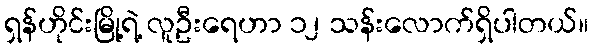
ရှန်ဟိုင်းမြို့ရဲ့ လူဦးရေဟာ ၁၂ သန်းလောက်ရှိပါတယ်။